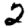
Digit: 2